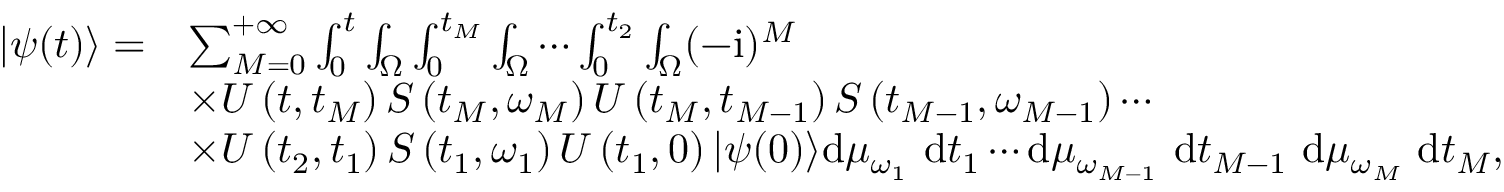
\begin{array} { r l } { | \psi ( t ) \rangle = } & { \sum _ { M = 0 } ^ { + \infty } \int _ { 0 } ^ { t } \int _ { \Omega } \int _ { 0 } ^ { t _ { M } } \int _ { \Omega } \cdots \int _ { 0 } ^ { t _ { 2 } } \int _ { \Omega } ( - \mathrm { i } ) ^ { M } } \\ & { \times U \left( t , t _ { M } \right) S \left( t _ { M } , \omega _ { M } \right) U \left( t _ { M } , t _ { M - 1 } \right) S \left( t _ { M - 1 } , \omega _ { M - 1 } \right) \cdots } \\ & { \times U \left( t _ { 2 } , t _ { 1 } \right) S \left( t _ { 1 } , \omega _ { 1 } \right) U \left( t _ { 1 } , 0 \right) | \psi ( 0 ) \rangle \mathrm { d } \mu _ { \omega _ { 1 } } \mathrm { ~ d } t _ { 1 } \cdots \mathrm { d } \mu _ { \omega _ { M - 1 } } \mathrm { ~ d } t _ { M - 1 } \mathrm { ~ d } \mu _ { \omega _ { M } } \mathrm { ~ d } t _ { M } , } \end{array}